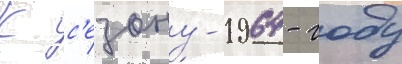
К с'езону-1964 - году